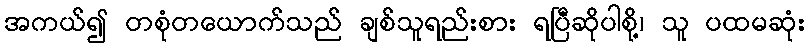
အကယ်၍ တစုံတယောက်သည် ချစ်သူရည်းစား ရပြီဆိုပါစို့၊ သူ ပထမဆုံး